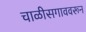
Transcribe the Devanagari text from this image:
चाळीसगाववरून